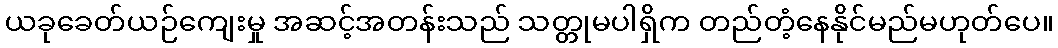
ယခုခေတ်ယဉ်ကျေးမှု အဆင့်အတန်းသည် သတ္တုမပါရှိက တည်တံ့နေနိုင်မည်မဟုတ်ပေ။